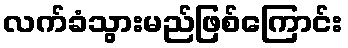
လက်ခံသွားမည်ဖြစ်ကြောင်း